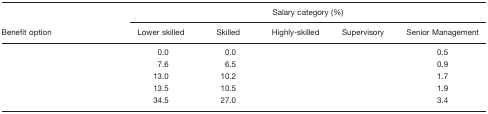
<table><thead><tr><td>[EMPTY_CELL]</td><td colspan="5"><b>Salary category</b></td></tr><tr><td><b>Benefit option</b></td><td><b>Lower skilled</b></td><td><b>Skilled</b></td><td><b>Highly-skilled</b></td><td><b>Supervisory</b></td><td><b>Senior Management</b></td></tr></thead><tbody><tr><td>[EMPTY_CELL]</td><td>0.0</td><td>0.0</td><td>[EMPTY_CELL]</td><td>[EMPTY_CELL]</td><td>0.5</td></tr><tr><td>[EMPTY_CELL]</td><td>7.6</td><td>6.5</td><td>[EMPTY_CELL]</td><td>[EMPTY_CELL]</td><td>0.9</td></tr><tr><td>[EMPTY_CELL]</td><td>13.0</td><td>10.2</td><td>[EMPTY_CELL]</td><td>[EMPTY_CELL]</td><td>1.7</td></tr><tr><td>[EMPTY_CELL]</td><td>13.5</td><td>10.5</td><td>[EMPTY_CELL]</td><td>[EMPTY_CELL]</td><td>1.9</td></tr><tr><td>[EMPTY_CELL]</td><td>34.5</td><td>27.0</td><td>[EMPTY_CELL]</td><td>[EMPTY_CELL]</td><td>3.4</td></tr></tbody></table>